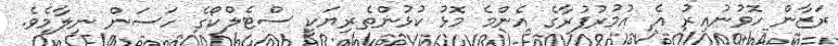
ރަޒާން ހޮވުނުއިރު އެ އުމުރުފުރާގެ އެންމެ މޮޅު ކުޅުންތެރިޔަކީ ސްޓެލްކޯގެ ހަސަން ނިލާމެވެ.